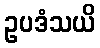
ဥပဒံသယိ